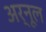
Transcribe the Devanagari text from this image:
अर्नूल